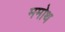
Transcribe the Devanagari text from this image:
ममोथ